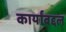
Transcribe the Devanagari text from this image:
कार्यांबद्दल